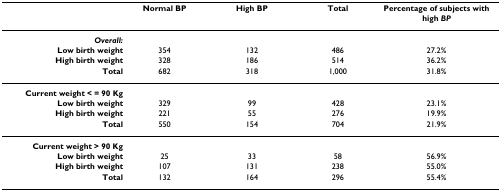
<table><thead><tr><td></td><td><b>Normal BP</b></td><td><b>High BP</b></td><td><b>Total</b></td><td><b>Percentage of subjects with high <i>BP</i></b></td></tr></thead><tbody><tr><td><b><i>Overall:</i></b></td><td></td><td></td><td></td><td></td></tr><tr><td><b>Low birth weight</b></td><td>354</td><td>132</td><td>486</td><td>27.2%</td></tr><tr><td><b>High birth weight</b></td><td>328</td><td>186</td><td>514</td><td>36.2%</td></tr><tr><td><b>Total</b></td><td>682</td><td>318</td><td>1,000</td><td>31.8%</td></tr><tr><td><b>Current weight &lt; = 90 Kg</b></td><td></td><td></td><td></td><td></td></tr><tr><td><b>Low birth weight</b></td><td>329</td><td>99</td><td>428</td><td>23.1%</td></tr><tr><td><b>High birth weight</b></td><td>221</td><td>55</td><td>276</td><td>19.9%</td></tr><tr><td><b>Total</b></td><td>550</td><td>154</td><td>704</td><td>21.9%</td></tr><tr><td><b>Current weight &gt; 90 Kg</b></td><td></td><td></td><td></td><td></td></tr><tr><td><b>Low birth weight</b></td><td>25</td><td>33</td><td>58</td><td>56.9%</td></tr><tr><td><b>High birth weight</b></td><td>107</td><td>131</td><td>238</td><td>55.0%</td></tr><tr><td><b>Total</b></td><td>132</td><td>164</td><td>296</td><td>55.4%</td></tr></tbody></table>